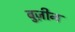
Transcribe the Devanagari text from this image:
बुज़ीन